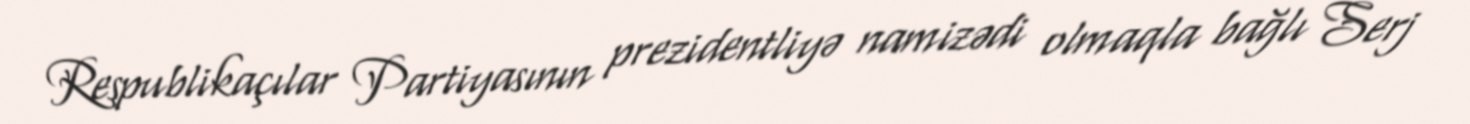
Respublikaçılar Partiyasının prezidentliyə namizədi olmaqla bağlı Serj